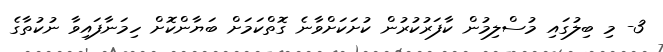
3- މި ބިލުގައި މުސްލިމުން ކާފަރުކުރުން ކުށަކަށްވާނެ ގޮތްކަމަށް ބަޔާންކޮށް ހިމަނާފައިވާ ނުކުތާގެ